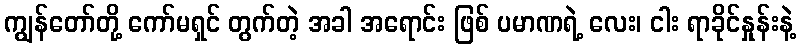
ကျွန်တော်တို့ ကော်မရှင် တွက်တဲ့ အခါ အရောင်း ဖြစ် ပမာဏရဲ့ လေး၊ ငါး ရာခိုင်နှုန်းနဲ့